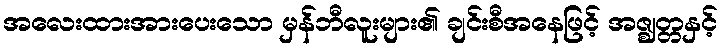
အလေးထားအားပေးသော မှန်ဘီလူးများ၏ ချင်းစီအနေဖြင့် အဇ္ဈတ္တနှင့်